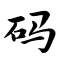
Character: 码